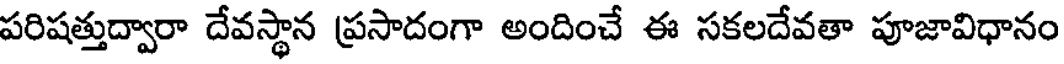
పరిషత్తుద్వారా దేవస్థాన ప్రసాదంగా అందించే ఈ సకలదేవతా పూజావిధానం